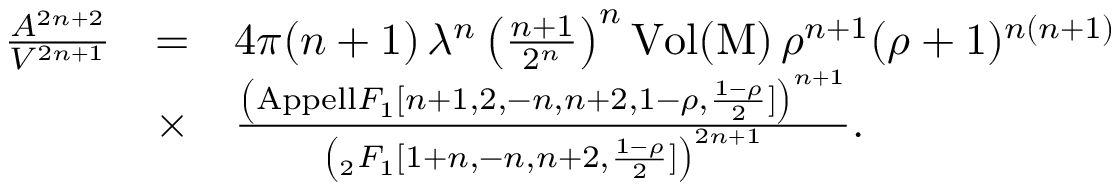
\begin{array} { r c l } { { \frac { A ^ { 2 n + 2 } } { V ^ { 2 n + 1 } } } } & { { = } } & { { 4 \pi ( n + 1 ) \, \lambda ^ { n } \left( \frac { n + 1 } { 2 ^ { n } } \right) ^ { n } \mathrm { V o l ( M ) } \, \rho ^ { n + 1 } ( \rho + 1 ) ^ { n ( n + 1 ) } } } \\ { { } } & { { \times } } & { { \frac { \left( \mathrm { { A p p e l l } } F _ { 1 } [ n + 1 , 2 , - n , n + 2 , 1 - \rho , \frac { 1 - \rho } { 2 } ] \right) ^ { n + 1 } } { \left( _ 2 F _ { 1 } [ 1 + n , - n , n + 2 , \frac { 1 - \rho } { 2 } ] \right) ^ { 2 n + 1 } } . } } \end{array}